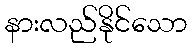
နားလည်နိုင်သော